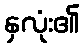
နှလုံး၏